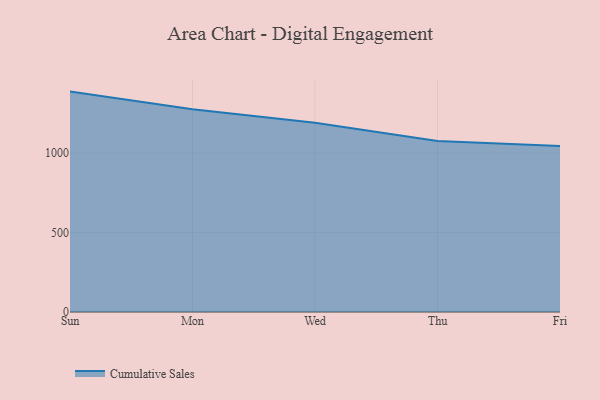
{"axis": {"x": "Day", "y": "Conversion Rate (%)"}, "legend": ["Cumulative Sales"], "data": [{"x": "Sun", "y": 1387.1, "type": "Cumulative Sales"}, {"x": "Mon", "y": 1275.7, "type": "Cumulative Sales"}, {"x": "Wed", "y": 1191.2, "type": "Cumulative Sales"}, {"x": "Thu", "y": 1075.5, "type": "Cumulative Sales"}, {"x": "Fri", "y": 1044.7, "type": "Cumulative Sales"}]}